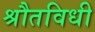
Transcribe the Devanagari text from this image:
श्रौतविधी